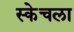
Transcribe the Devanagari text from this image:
स्केचला